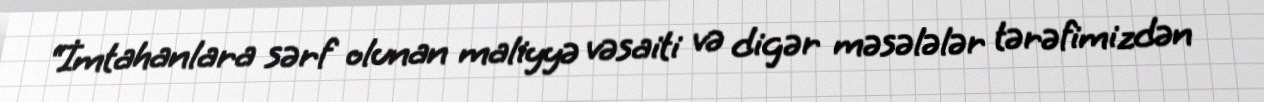
“İmtahanlara sərf olunan maliyyə vəsaiti və digər məsələlər tərəfimizdən